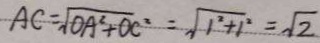
A C = \sqrt { O A ^ { 2 } + O C ^ { 2 } } = \sqrt { 1 ^ { 2 } + 1 ^ { 2 } } = \sqrt { 2 }